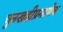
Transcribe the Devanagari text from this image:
चुनखडीप्रमाणेच